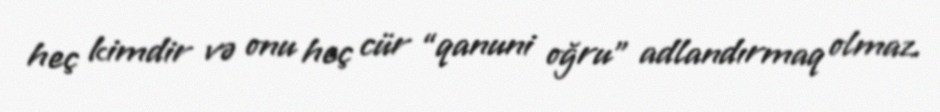
heç kimdir və onu heç cür “qanuni oğru” adlandırmaq olmaz.